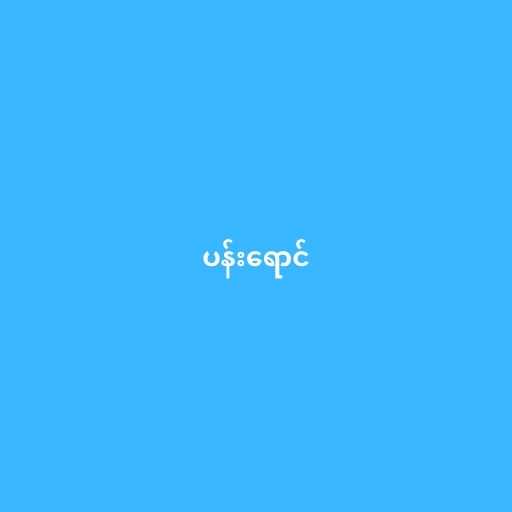
ပန်းရောင်